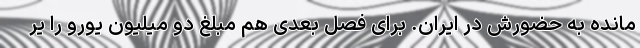
مانده به حضورش در ایران. برای فصل بعدی هم مبلغ دو میلیون یورو را یر